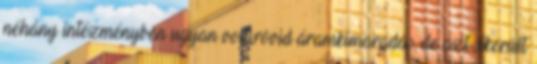
néhány intézményben ugyan volt rövid áramkimaradás, de azt sikerült